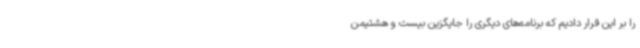
را بر این قرار دادیم که برنامه‌های دیگری را جایگزین بیست و هشتیمن